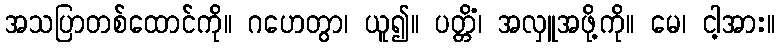
အသပြာတစ်ထောင်ကို။ ဂဟေတွာ၊ ယူ၍။ ပတ္တိံ၊ အလှူအဖို့ကို။ မေ၊ ငါ့အား။